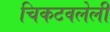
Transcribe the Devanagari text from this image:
चिकटवलेली